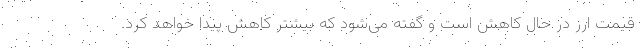
قیمت ارز در حال کاهش است و گفته می‌شود که بیشتر کاهش پیدا خواهد کرد.